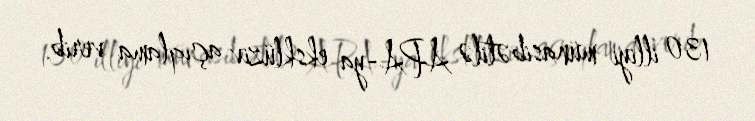
130 illiyi münasibətilə APA-ya eksklüziv açıqlama verib.